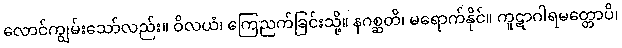
လောင်ကျွမ်းသော်လည်း။ ဝိလယံ၊ ကြေညက်ခြင်းသို့။ နဂစ္ဆတိ၊ မရောက်နိုင်။ ကူဋာဂါရမတ္တောပိ၊